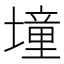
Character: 墥